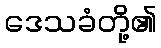
ဒေသခံတို့၏